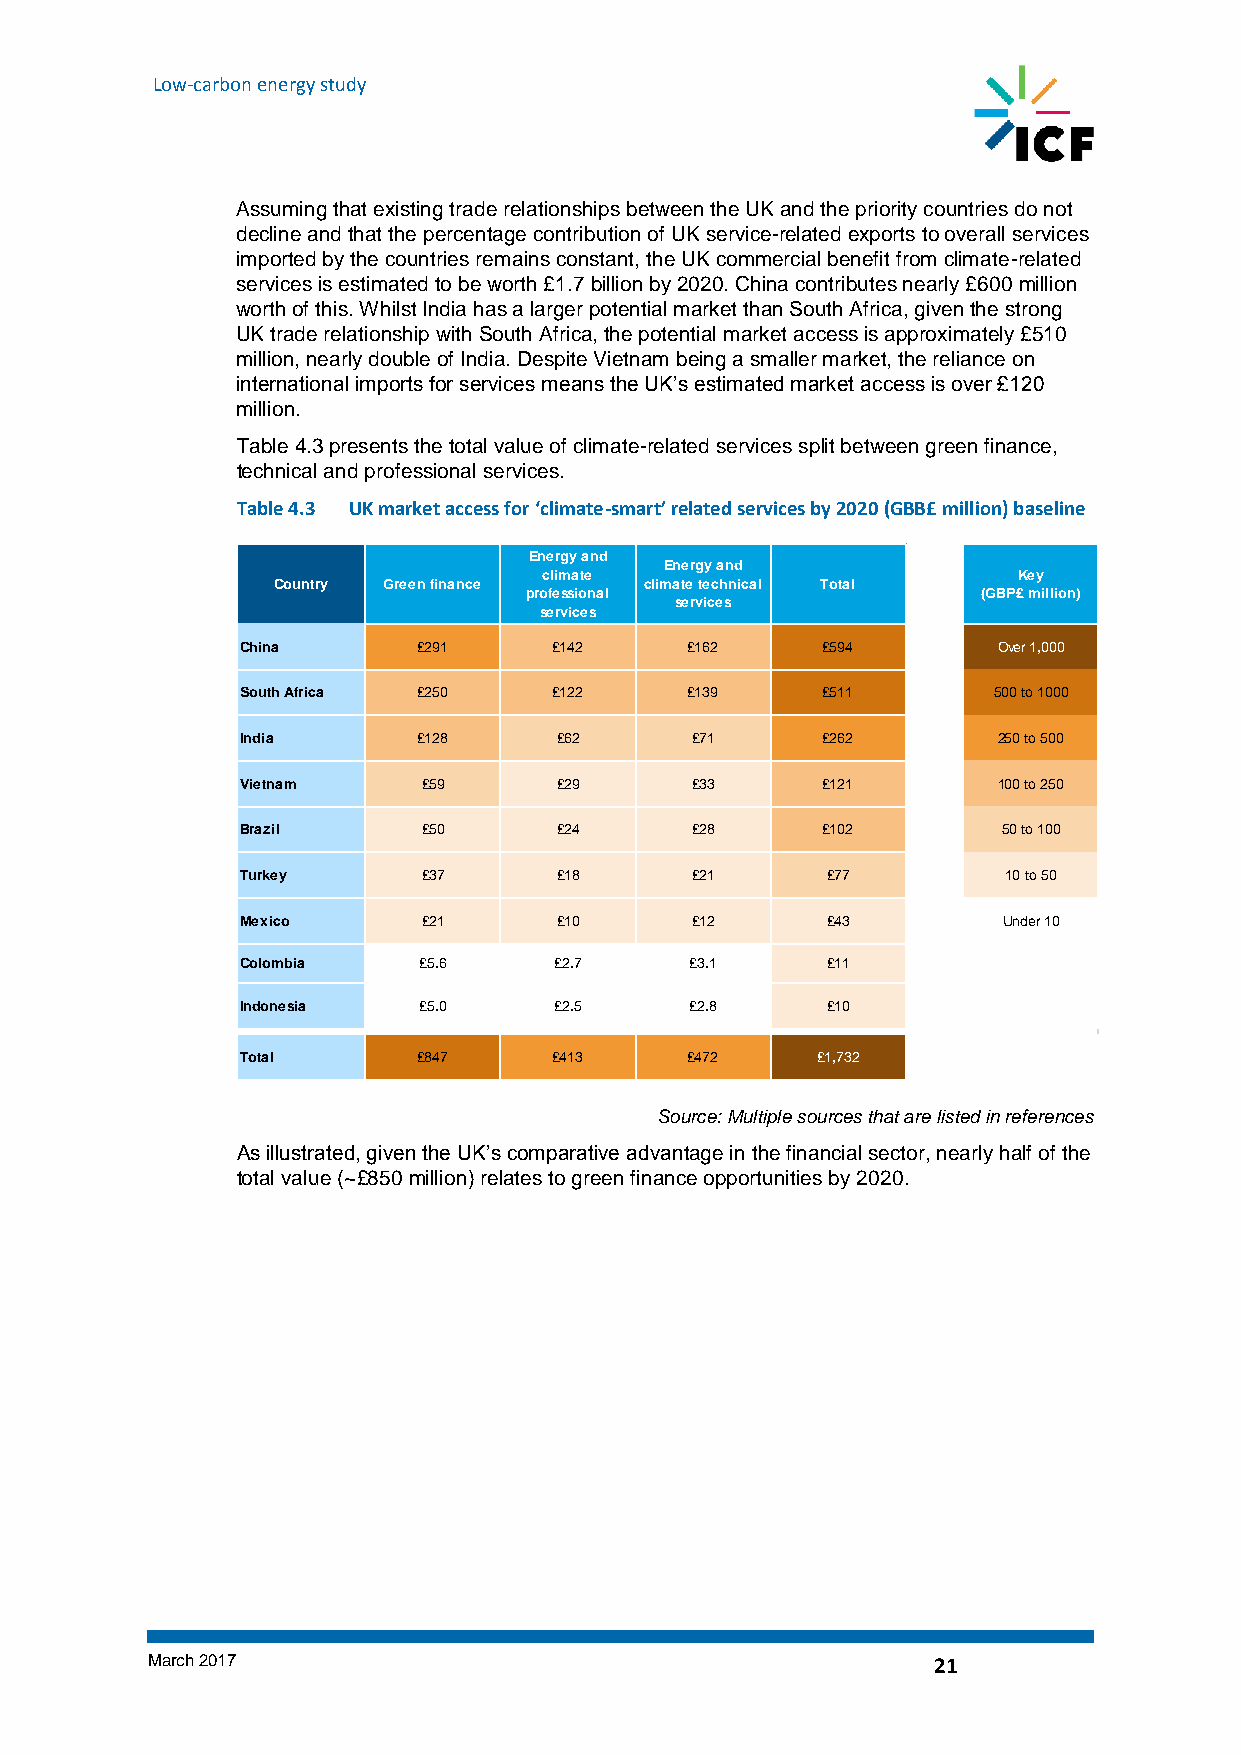
Low-carbon energy study
 Assuming that existing trade relationships between the UK and the priority countries do not
 decline and that the percentage contribution of UK service-related exports to overall services
 imported by the countries remains constant, the UK commercial benefit from climate-related
 services is estimated to be worth £1.7 billion by 2020. China contributes nearly £600 million
 worth of this. Whilst India has a larger potential market than South Africa, given the strong
 UK trade relationship with South Africa, the potential market access is approximately £510
 million, nearly double of India. Despite Vietnam being a smaller market, the reliance on
 international imports for services means the UK’s estimated market access is over £120
 million.
 Table 4.3 presents the total value of climate-related services split between green finance,
 technical and professional services.
 Table 4.3 UK market access for ‘climate-smart’ related services by 2020 (GBB£ million) baseline
 UK market access for 'climate-smart' related services by 2020 (GBP£ million) baseline
 Energy and
 Energy and
 climate                        Key
 Country Green finance    climate technical Total
 professional                  (GBP£ million)
 services
 services
 China       £291     £142    £162     £594        Over 1,000
 South Africa £250    £122    £139     £511        500 to 1000
 India       £128     £62      £71     £262        250 to 500
 Vietnam     £59      £29      £33     £121        100 to 250
 Brazil      £50      £24      £28     £102        50 to 100
 Turkey      £37      £18      £21      £77         10 to 50
 Mexico      £21      £10      £12      £43        Under 10
 Colombia    £5.6     £2.7     £3.1     £11
 Indonesia   £5.0     £2.5     £2.8     £10
 Total       £847     £413    £472     £1,732
 Source: Multiple sources that are listed in references
 As illustrated, given the UK’s comparative advantage in the financial sector, nearly half of the
 total value (~£850 million) relates to green finance opportunities by 2020.
 March 2017                                          21